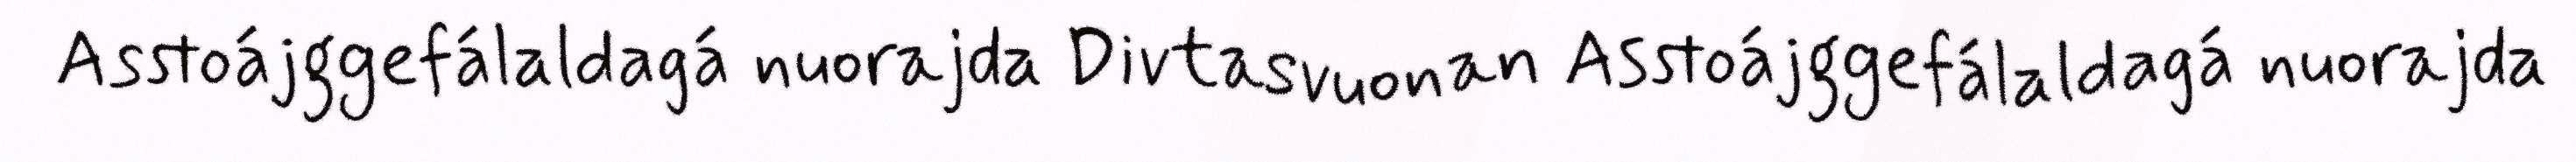
Asstoájggefálaldagá nuorajda Divtasvuonan Asstoájggefálaldagá nuorajda